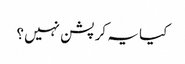
کیا یہ کرپشن نہیں؟